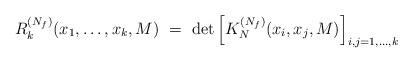
LaTeX: \begin{align*}R_k^{(N_f)}(x_1,\ldots,x_k,M) \ = \ \det\left[K_N^{(N_f)}(x_i,x_j,M)\right]_{i,j=1,\ldots,k}\end{align*}